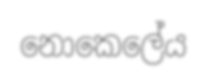
නොකෙලේය